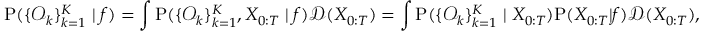
\small \mathrm { P } ( \{ \mathcal { O } _ { k } \} _ { k = 1 } ^ { K } \mid f ) = \int \mathrm { P } ( \{ \mathcal { O } _ { k } \} _ { k = 1 } ^ { K } , X _ { 0 : T } \mid f ) \mathcal { D } ( X _ { 0 : T } ) = \int \mathrm { P } ( \{ \mathcal { O } _ { k } \} _ { k = 1 } ^ { K } \mid X _ { 0 : T } ) \mathrm { P } ( X _ { 0 : T } | f ) \mathcal { D } ( X _ { 0 : T } ) ,